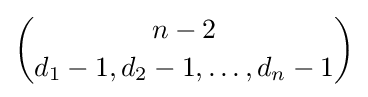
{n-2 \choose d_{1}-1,d_{2}-1,\ldots ,d_{n}-1}